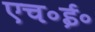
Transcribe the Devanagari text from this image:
एच॰ई॰